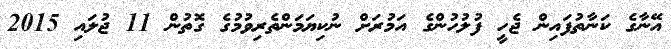
އޭނާގެ ކަނާތުފައިން ޖެހީ ފުލުހުންގެ އަމުރަށް ނުކިޔަމަންތެރިވުމުުގެ ގޮތުން 11 ޖުލައި 2015